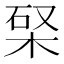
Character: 𣒊